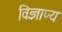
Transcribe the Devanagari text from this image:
विज्ञाप्य